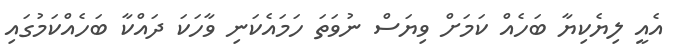
އެއީ ލިޔެކިޔާ ބަހެއް ކަމަށް ވިޔަސް ނުވަތަ ހަމައެކަނި ވާހަކަ ދައްކާ ބަހެއްކަމުގައި